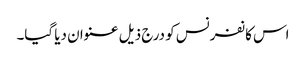
اس کانفرنس کو درج ذیل عنوان دیا گیا۔